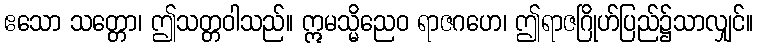
ဧသော သတ္တော၊ ဤသတ္တဝါသည်။ ဣမသ္မိညေဝ ရာဇဂဟေ၊ ဤရာဇဂြိုဟ်ပြည်၌သာလျှင်။